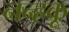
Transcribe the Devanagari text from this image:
नन्हकू